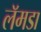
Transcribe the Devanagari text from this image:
लॅमडा